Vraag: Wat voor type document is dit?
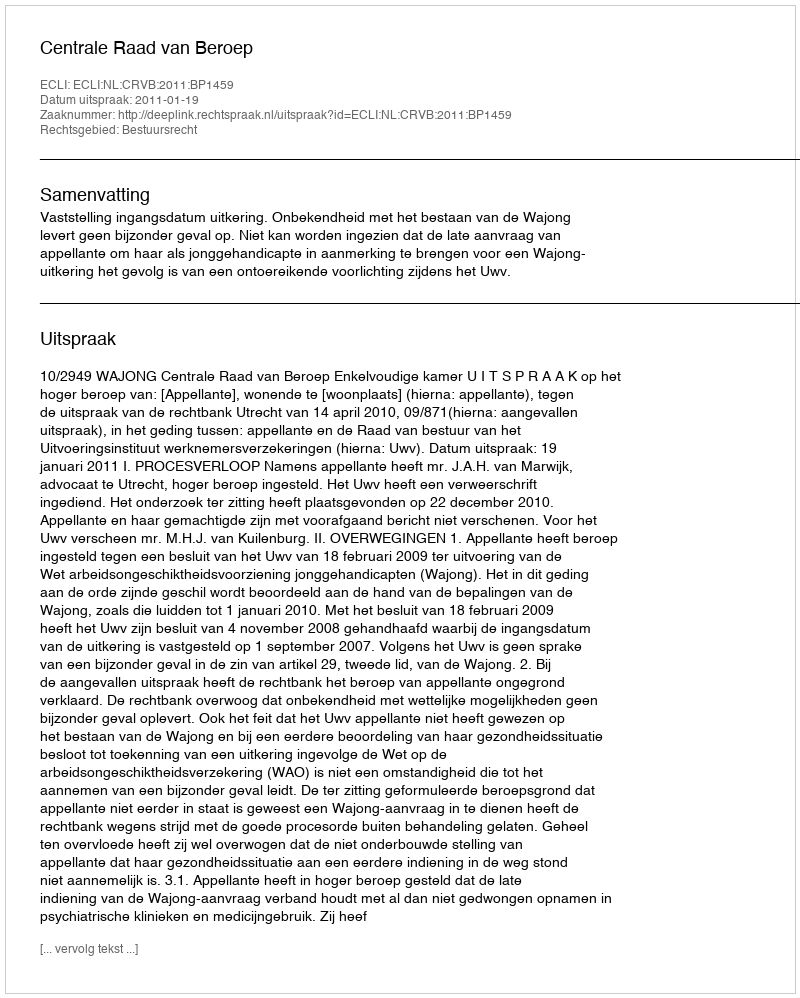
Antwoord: Uitspraak